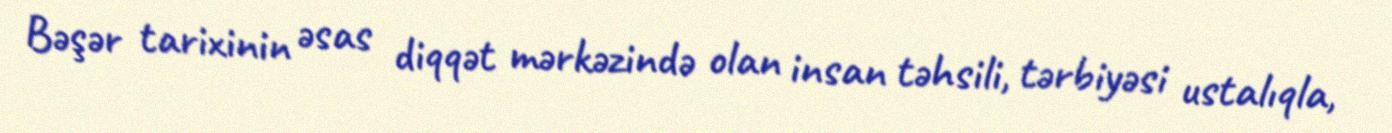
Bəşər tarixinin əsas diqqət mərkəzində olan insan təhsili, tərbiyəsi ustalıqla,